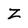
Character: Z